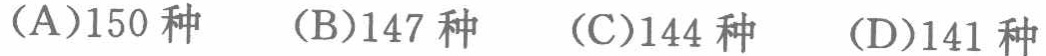
(A)150种  (B)147种  (C)144种  (D)141种